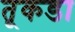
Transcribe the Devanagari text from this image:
तूकडा